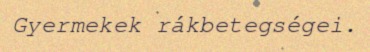
Gyermekek rákbetegségei.